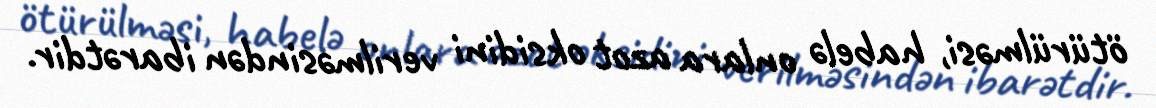
ötürülməsi, habelə onlara azot oksidini verilməsindən ibarətdir.